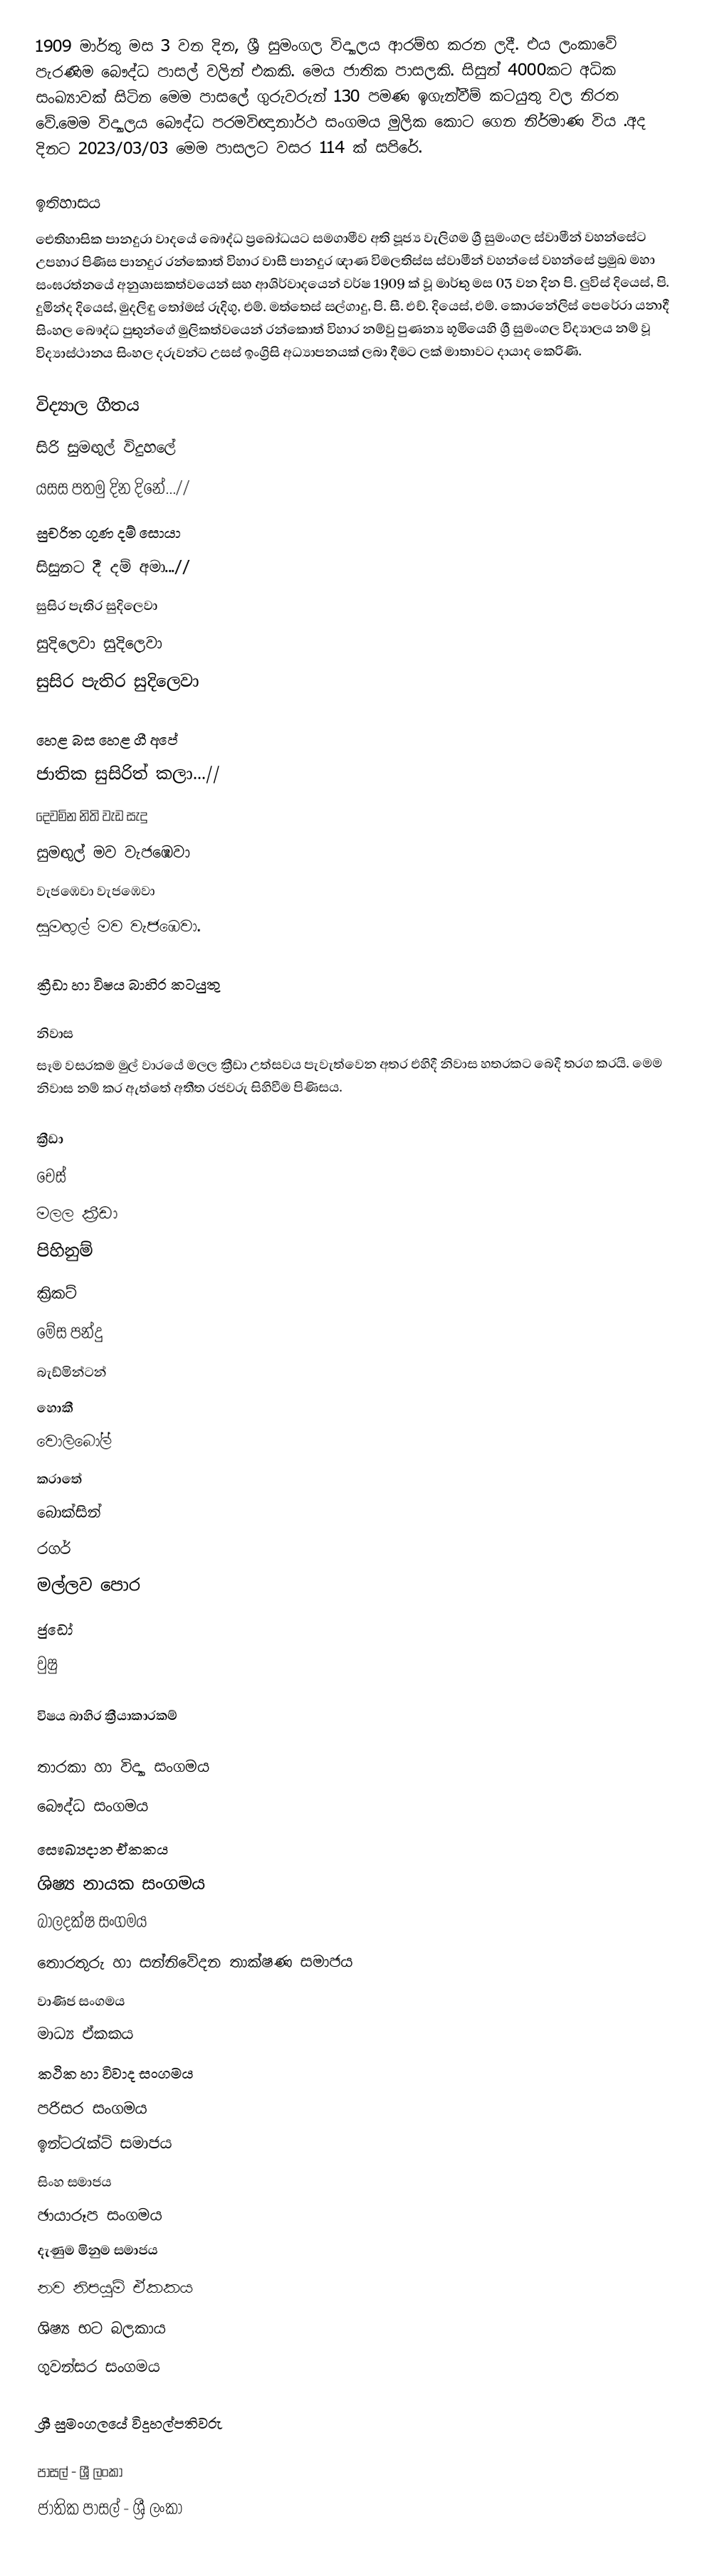
1909 මාර්තු මස 3 වන දින, ශ්‍රී සුමංගල විද්‍යාලය ආරම්භ කරන ලදී. එය ලංකාවේ පැරණිම බෞද්ධ පාසල් වලින් එකකි. මෙය ජාතික පාසලකි. සිසුන් 4000කට අධික සංඛ්‍යාවක් සිටින මෙම පාසලේ ගුරුවරුන් 130 පමණ ඉගැන්වීම් කටයුතු වල නිරත වේ.මෙම විද්‍යාලය බෞද්ධ පරමවිඥානාර්ථ සංගමය මුලික කොට ගෙන නිර්මාණ විය .අද දිනට 2023/03/03 මෙම පාසලට වසර 114 ක් සපිරේ.

ඉතිහාසය
ඓතිහාසික පානදුරා වාදයේ බෞද්ධ ප්‍රබෝධයට සමගාමීව අති පූජ්‍ය වැලිගම ශ්‍රී සුමංගල ස්වාමීන් වහන්සේට උපහාර පිණිස පානදුර රන්කොත් විහාර වාසී පානදුර ඥාණ විමලතිස්ස ස්වාමීන් වහන්සේ වහන්සේ ප්‍රමුඛ මහා සංඝරත්නයේ අනුශාසකත්වයෙන් සහ ආශිර්වාදයෙන් වර්ෂ 1909 ක් වූ මාර්තු මස 03 වන දින පි. ලුවිස් දියෙස්, පි. දුමින්ද දියෙස්, මුදලිඳු තෝමස් රුදිගු, එම්. මත්තෙස් සල්ගාදු, පි. සී. එච්. දියෙස්, එම්. කොරනේලිස් පෙරේරා යනාදී සිංහල බෞද්ධ පුතුන්ගේ මුලිකත්වයෙන් රන්කොත් විහාර නම්වු පුණන්‍ය භූමියෙහි ශ්‍රී සුමංගල විද්‍යාලය නම් වූ විද්‍යාස්ථානය සිංහල දරුවන්ට  උසස් ඉංග්‍රිසි අධ්‍යාපනයක් ලබා දීමට ලක් මාතාවට දායාද කෙරිණි.

විද්‍යාල ගීතය
 සිරි සුමඟුල් විදුහලේ
                යසස පතමු දින දිනේ...//
 සුචරිත ගුණ දම් සොයා
                සිසුනට දී දම් අමා...//
 සුසිර පැතිර සුදිලෙවා
                සුදිලෙවා සුදිලෙවා
 සුසිර පැතිර සුදිලෙවා

                හෙළ බස හෙළ ගී අපේ
 ජාතික සුසිරිත් කලා...//
                දෙවමින නිති වැඩ සැදු
 සුමඟුල් මව වැජඹෙවා
                වැජඹෙවා වැජඹෙවා
 සුමඟුල් මව වැජඹෙවා.

ක්‍රීඩා හා විෂය බාහිර කටයුතු

නිවාස
සෑම වසරකම මුල් වාරයේ මලල ක්‍රීඩා උත්සවය පැවැත්වෙන අතර එහිදී නිවාස හතරකට බෙදී තරග කරයි. මෙම නිවාස නම් කර ඇත්තේ අතීත රජවරු සිහිවීම පිණිසය.

ක්‍රීඩා
චෙස්
මලල ක්‍රීඩා
පිහිනුම්
ක්‍රිකට්
මේස පන්දු
බැඩ්මින්ටන්
හොකී
වොලිබෝල්
කරාතේ
බොක්‌සින්
රගර්
මල්ලව පොර
ජුඩෝ
වුෂු

විෂය බාහිර ක්‍රීයාකාරකම්

තාරකා හා විද්‍යා සංගමය
බෞද්ධ සංගමය
සෞඛ්‍යදාන ඒකකය
ශිෂ්‍ය නායක සංගමය
බාලදක්ෂ සංගමය
තොරතුරු හා සන්නිවේදන තාක්ෂණ සමාජය
වාණිජ සංගමය
මාධ්‍ය ඒකකය
කථික හා විවාද සංගමය
පරිසර සංගමය
ඉන්ටරැක්ට් සමාජය
සිංහ සමාජය
ඡායාරූප සංගමය
දැණුම මිනුම සමාජය
නව නිපයුම් ඒකකය
ශිෂ්‍ය භට බලකාය
ගුවන්සර සංගමය

ශ්‍රී සුමංගලයේ විදුහල්පතිවරු

පාසල් - ශ්‍රී ලංකා
ජාතික පාසල් - ශ්‍රී ලංකා